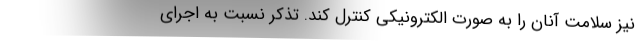
نیز سلامت آنان را به صورت الکترونیکی کنترل کند. تذکر نسبت به اجرای